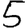
Digit: 5